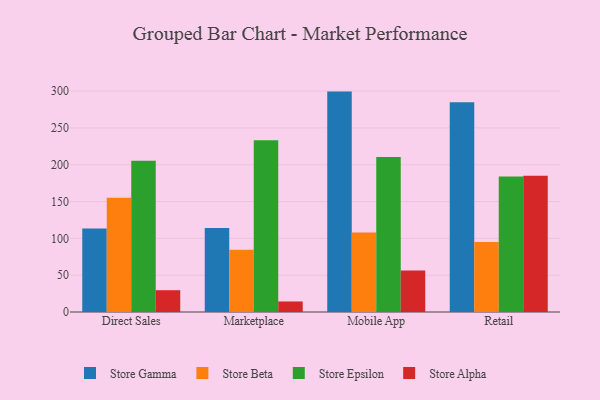
{"axis": {"x": "Channel", "y": "Customer Acquisition Cost (USD)"}, "legend": ["Store Alpha", "Store Beta", "Store Epsilon", "Store Gamma"], "data": [{"x": "Direct Sales", "y": 113.4, "type": "Store Gamma"}, {"x": "Direct Sales", "y": 155.3, "type": "Store Beta"}, {"x": "Direct Sales", "y": 205.3, "type": "Store Epsilon"}, {"x": "Direct Sales", "y": 29.6, "type": "Store Alpha"}, {"x": "Marketplace", "y": 114.2, "type": "Store Gamma"}, {"x": "Marketplace", "y": 84.6, "type": "Store Beta"}, {"x": "Marketplace", "y": 233.2, "type": "Store Epsilon"}, {"x": "Marketplace", "y": 14.3, "type": "Store Alpha"}, {"x": "Mobile App", "y": 299.3, "type": "Store Gamma"}, {"x": "Mobile App", "y": 108.1, "type": "Store Beta"}, {"x": "Mobile App", "y": 210.5, "type": "Store Epsilon"}, {"x": "Mobile App", "y": 56.2, "type": "Store Alpha"}, {"x": "Retail", "y": 284.9, "type": "Store Gamma"}, {"x": "Retail", "y": 95.0, "type": "Store Beta"}, {"x": "Retail", "y": 184.1, "type": "Store Epsilon"}, {"x": "Retail", "y": 184.9, "type": "Store Alpha"}]}